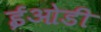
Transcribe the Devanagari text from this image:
ईओडी